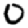
Digit: 0